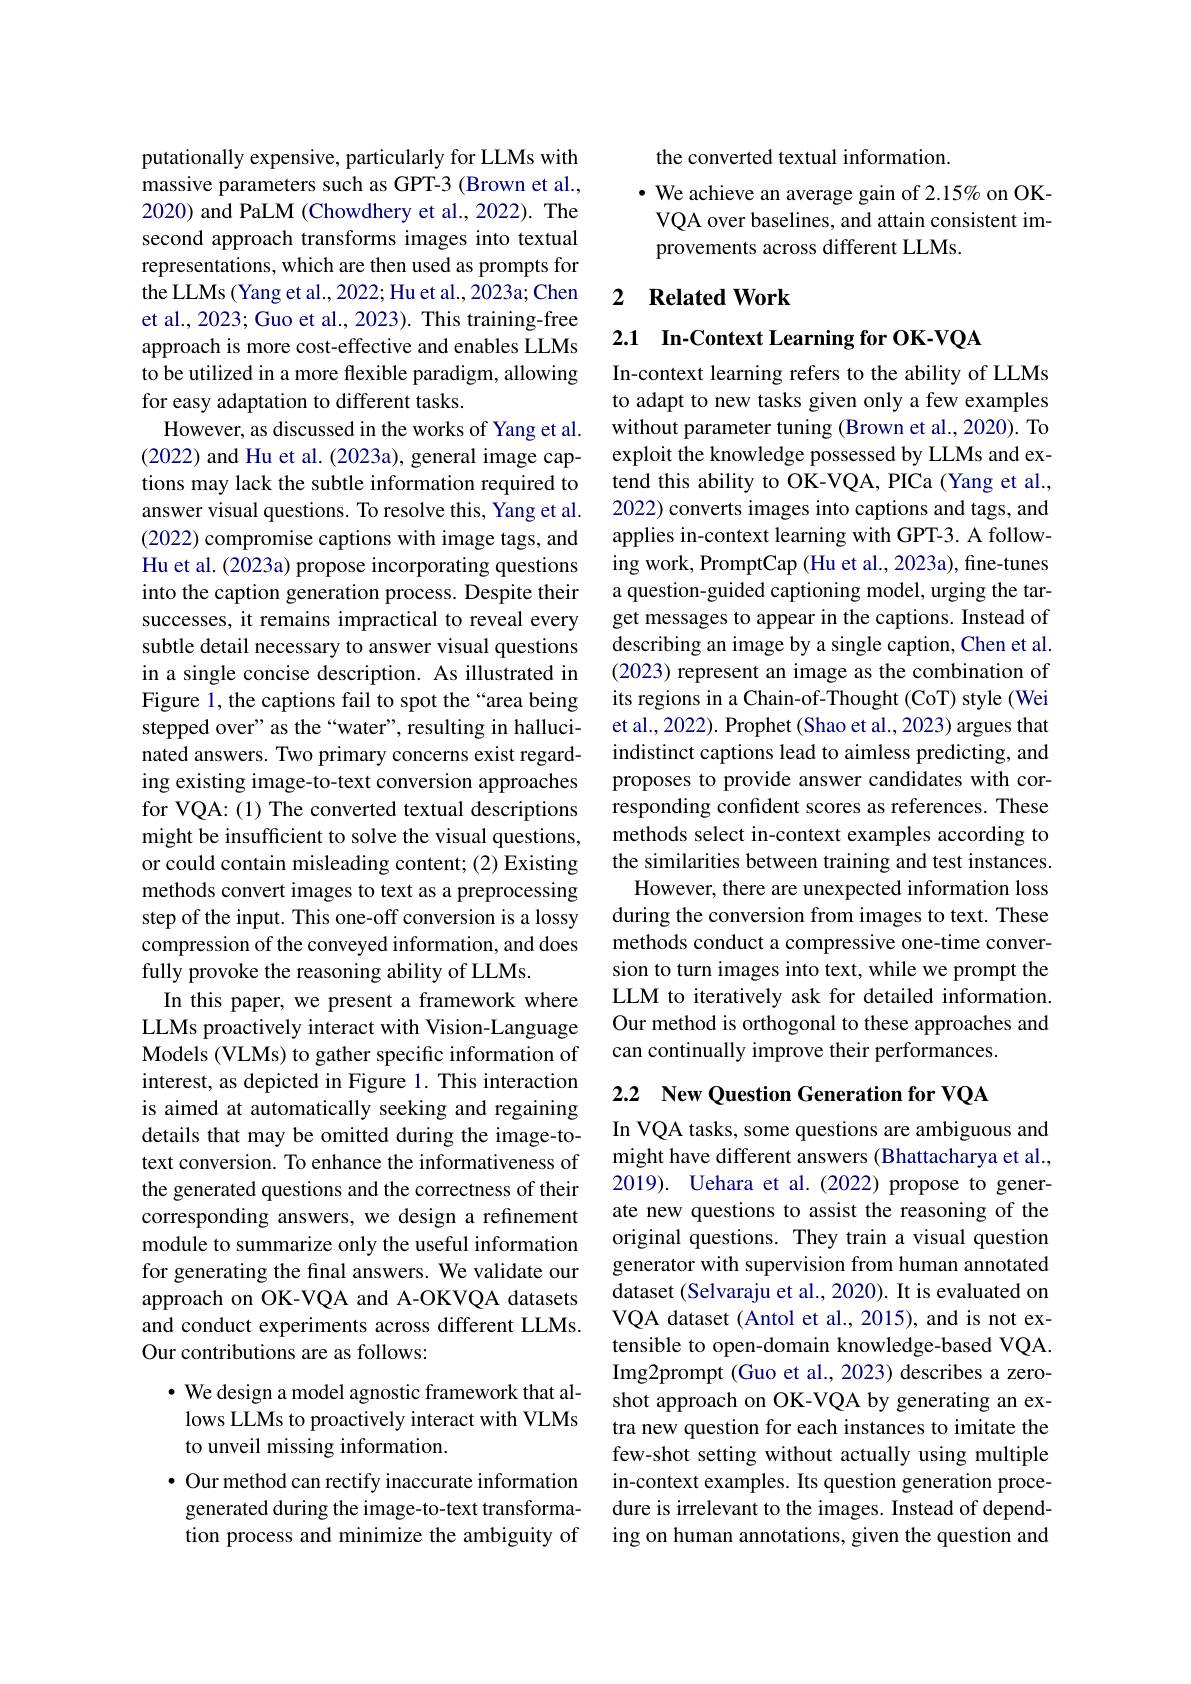
putationally expensive, particularly for LLMs with massive parameters such as GPT-3 (Brown et al., 2020) and PaLM (Chowdhery et al., 2022). The second approach transforms images into textual representations, which are then used as prompts for the LLMs (Yang et al., 2022; Hu et al., 2023a; Chen et al., 2023; Guo et al., 2023). This training-free approach is more cost-effective and enables LLMs to be utilized in a more flexible paradigm, allowing for easy adaptation to different tasks.
However, as discussed in the works of Yang et al. (2022) and Hu et al. (2023a), general image captions may lack the subtle information required to answer visual questions. To resolve this, Yang et al. (2022) compromise captions with image tags, and Hu et al. (2023a) propose incorporating questions into the caption generation process. Despite their successes, it remains impractical to reveal every subtle detail necessary to answer visual questions in a single concise description. As illustrated in Figure 1, the captions fail to spot the“area being stepped over" as the“water”, resulting in hallucinated answers. Two primary concerns exist regarding existing image-to-text conversion approaches for VQA: (1) The converted textual descriptions might be insufficient to solve the visual questions, or could contain misleading content; (2) Existing methods convert images to text as a preprocessing step of the input. This one-off conversion is a lossy compression of the conveyed information, and does fully provoke the reasoning ability of LLMs.
In this paper, we present a framework where LLMs proactively interact with Vision-Language Models (VLMs) to gather specific information of interest, as depicted in Figure 1. This interaction is aimed at automatically seeking and regaining details that may be omitted during the image-totext conversion. To enhance the informativeness of the generated questions and the correctness of their corresponding answers, we design a refinement module to summarize only the useful information for generating the final answers. We validate our approach on OK-VQA and A-OKVQA datasets and conduct experiments across different LLMs. Our contributions are as follows:

· We design a model agnostic framework that allows LLMs to proactively interact with VLMs to unveil missing information.

· Our method can rectify inaccurate information generated during the image-to-text transformation process and minimize the ambiguity of

the converted textual information.
$\bullet$ We achieve an average gain of 2.15% on OKVQA over baselines, and attain consistent improvements across different LLMs.

### 2 $\textbf{Related Work}$

2.1 In-Context Learning for OK-VQA

In-context learning refers to the ability of LLMs to adapt to new tasks given only a few examples without parameter tuning (Brown et al., 2020). To exploit the knowledge possessed by LLMs and extend this ability to OK-VQA, PICa (Yang et al., 2022) converts images into captions and tags, and applies in-context learning with GPT-3. A following work, PromptCap (Hu et al., 2023a), fine-tunes a question-guided captioning model, urging the target messages to appear in the captions. Instead of describing an image by a single caption, Chen et al. (2023) represent an image as the combination of its regions in a Chain-of-Thought (CoT) style (Wei et al., 2022). Prophet (Shao et al., 2023) argues that indistinct captions lead to aimless predicting, and proposes to provide answer candidates with corresponding confident scores as references. These methods select in-context examples according to the similarities between training and test instances. However, there are unexpected information loss during the conversion from images to text. These methods conduct a compressive one-time conversion to turn images into text, while we prompt the LLM to iteratively ask for detailed information. Our method is orthogonal to these approaches and can continually improve their performances.

2.2 New Question Generation for VQA

In VQA tasks, some questions are ambiguous and might have different answers (Bhattacharya et al., 2019). Uehara et al.(2022) propose to generate new questions to assist the reasoning of the original questions. They train a visual question generator with supervision from human annotated dataset (Selvaraju et al., 2020). It is evaluated on VQA dataset (Antol et al., 2015), and is not extensible to open-domain knowledge-based VQA. Img2prompt (Guo et al., 2023) describes a zeroshot approach on OK-VQA by generating an extra new question for each instances to imitate the few-shot setting without actually using multiple in-context examples. Its question generation procedure is irrelevant to the images. Instead of depending on human annotations, given the question and